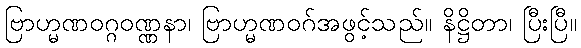
ဗြာဟ္မဏဝဂ္ဂဝဏ္ဏနာ၊ ဗြာဟ္မဏဝဂ်အဖွင့်သည်။ နိဋ္ဌိတာ၊ ပြီးပြီ။